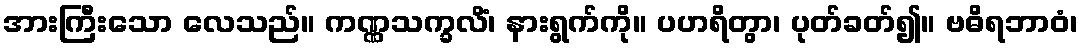
အားကြီးသော လေသည်။ ကဏ္ဏသက္ခလိံ၊ နားရွက်ကို။ ပဟရိတွာ၊ ပုတ်ခတ်၍။ ဗဓိရဘာဝံ၊